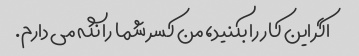
اگر این کار را بکنید، من کسر شما را نگه می دارم.